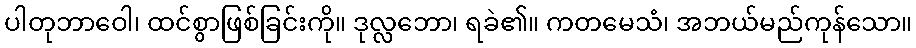
ပါတုဘာဝေါ၊ ထင်စွာဖြစ်ခြင်းကို။ ဒုလ္လဘော၊ ရခဲ၏။ ကတမေသံ၊ အဘယ်မည်ကုန်သော။